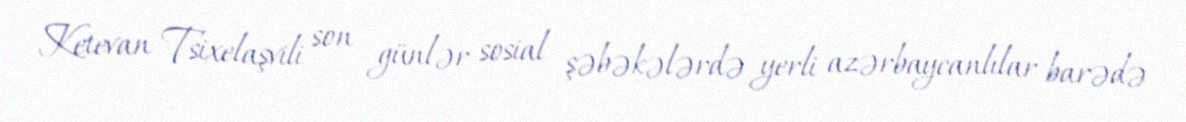
Ketevan Tsixelaşvili son günlər sosial şəbəkələrdə yerli azərbaycanlılar barədə